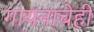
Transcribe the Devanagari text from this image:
गायनाचेही